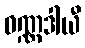
ဝဏ္ဏဒါယီ